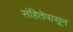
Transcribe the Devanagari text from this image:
संहितेपासून